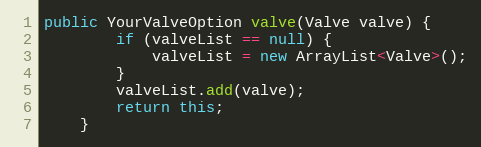
Language: Java
public YourValveOption valve(Valve valve) {
        if (valveList == null) {
            valveList = new ArrayList<Valve>();
        }
        valveList.add(valve);
        return this;
    }